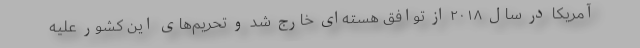
آمریکا در سال ۲۰۱۸ از توافق هسته‌ای خارج شد و تحریم‌های این کشور علیه